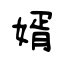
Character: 婿